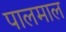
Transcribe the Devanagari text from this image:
पालमाल